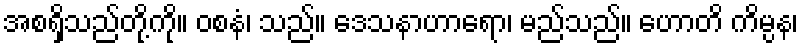
အစရှိသည်တို့ကို။ ဝစနံ၊ သည်။ ဒေသနာဟာရော၊ မည်သည်။ ဟောတိ ကိမ္ပန၊